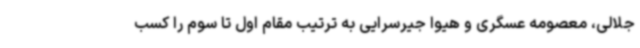
جلالی، معصومه عسگری و هیوا جیرسرایی به ترتیب مقام اول تا سوم را کسب